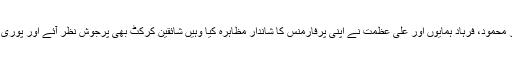
تقریب کے دوران جہاں علی ظفر، فاخر محمود، فرہاد ہمایوں اور علی عظمت نے اپنی پرفارمنس کا شاندار مظاہرہ کیا وہیں شائقین کرکٹ بھی پرجوش نظر آئے اور پوری تقریب کے دوران ہلہ گلہ کرتے رہے۔